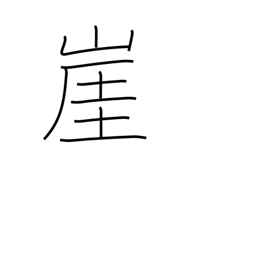
Meaning: cliff